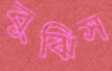
বুঝিস